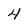
Character: 4